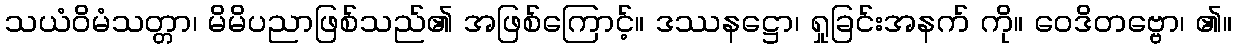
သယံဝိမံသတ္တာ၊ မိမိပညာဖြစ်သည်၏ အဖြစ်ကြောင့်။ ဒဿနဋ္ဌော၊ ရှုခြင်းအနက် ကို။ ဝေဒိတဗ္ဗော၊ ၏။